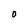
Character: O